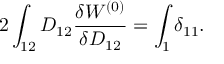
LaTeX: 2 \int _ { 1 2 } D _ { 1 2 } \frac { \delta W ^ { ( 0 ) } } { \delta D _ { 1 2 } } = \int _ { 1 } \delta _ { 1 1 } .